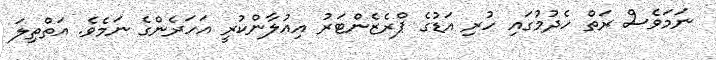
ނަމަވެސް ރަތް ހެދުމުގައި ހުރި އަޑުގެ ޕްރެޒެންޓަރު އިޢުލާންކުރީ އަހަރެންގެ ނަމެވެ. އަތްތިލަ